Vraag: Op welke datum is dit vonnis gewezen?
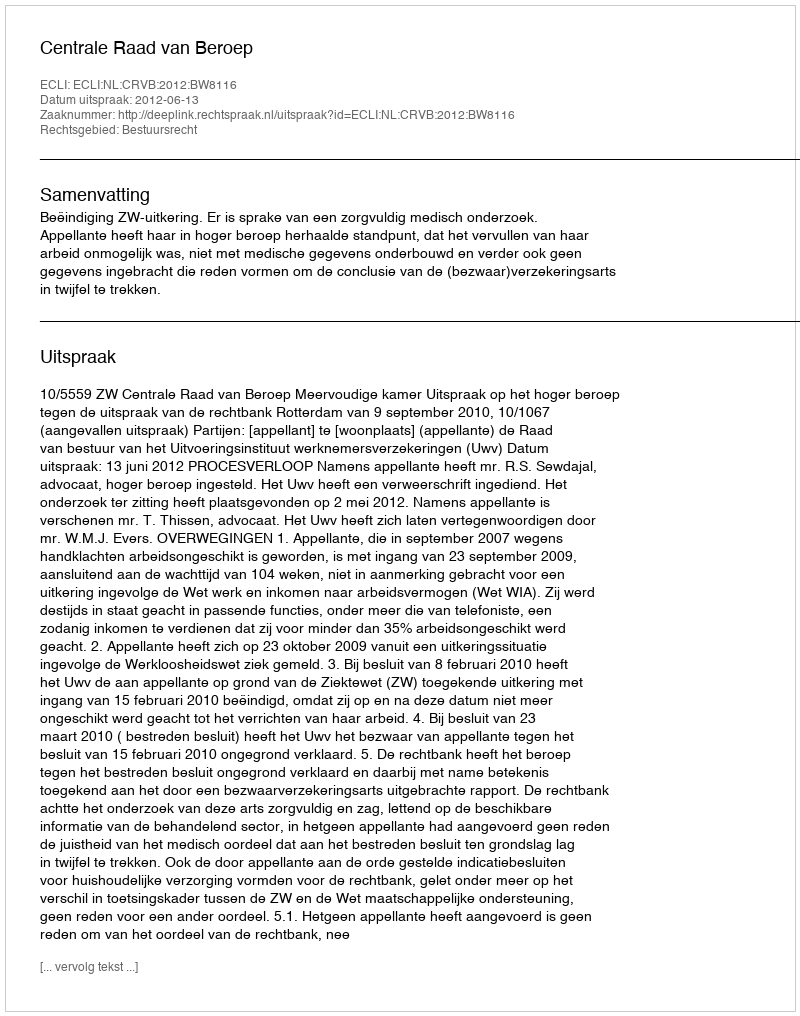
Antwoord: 2012-06-13